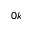
_ { 0 k }